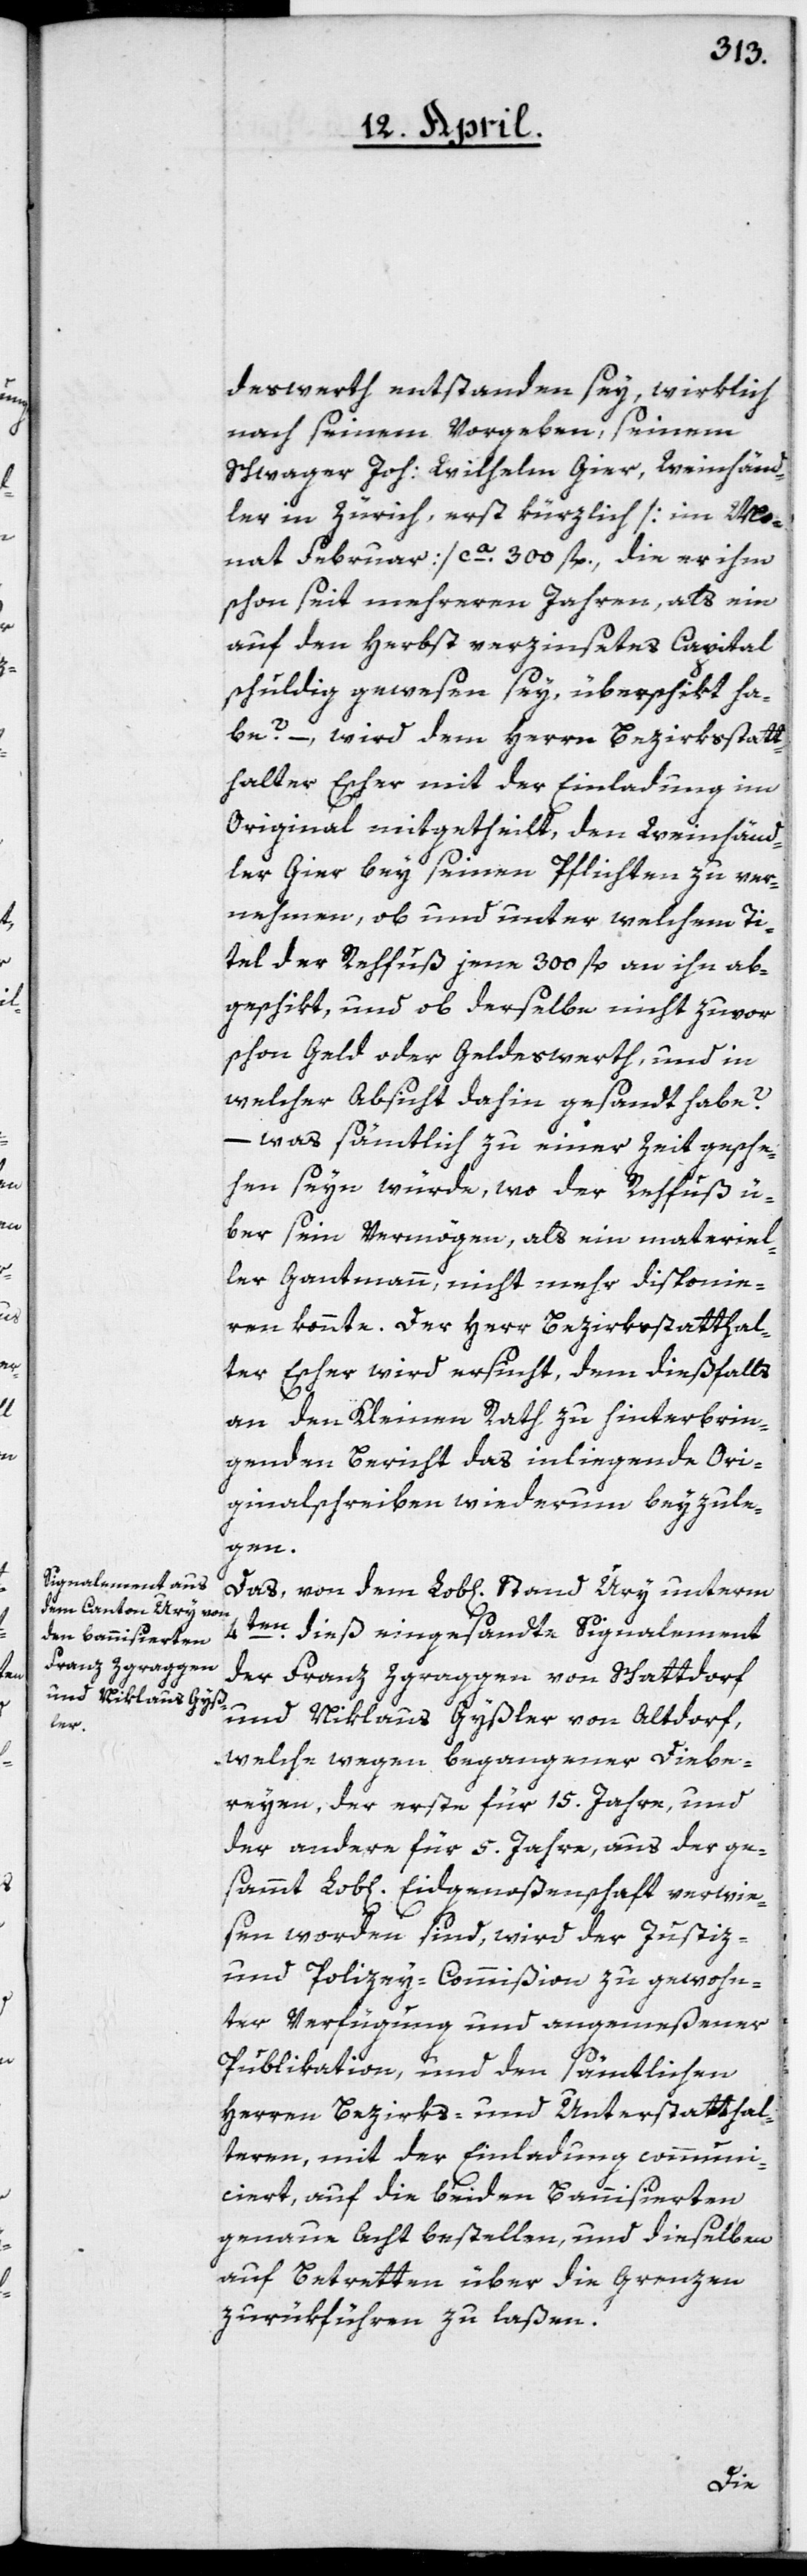
deswerth entstanden sey, wirklich
nach seinem Vorgeben, seinem
Schwager Joh: Wilhelm Gier, Weinhänd¬
ler in Zürich, erst kürzlich [im Mo¬
nat Februar] ca. 300 fl., die er ihm
schon seit mehreren Jahren, als ein
auf den Herbst verzinsetes Capital
schuldig gewesen sey, überschckt ha¬
be? – wird dem Herrn Bezirksstatt¬
halter Escher mit der Einladung im
Original mitgetheilt, den Weinhänd¬
ler Gier bey seinen Pflichten zu ver¬
nehmen, ob und unter welchem Ti¬
tel der Rehfuß jene 300 fl. an ihn ab¬
geschikt, und ob derselbe nicht zuvor
schon Geld oder Geldswerth, und in
welcher Absicht dahin gesandt habe?
– was sämtlich zu einer Zeit gesche¬
hen seyn würde, wo der Rehfuß ü¬
ber sein Vermögen, als ein materiel¬
ler Gantmann, nicht mehr disponie¬
ren konnte. Der Herr Bezirksstatthal¬
ter Escher wird ersucht, dem dießfalls
an den Kleinen Rath zu hinterbrin¬
genden Bericht das inliegende Ori¬
ginalschreiben wiederum beyzule¬
gen.
Das, von dem Lob[lichen] Stand Ury unterm
4ten dieß eingesandte Signalement
der Franz Zgraggen von Schattdorf
und Niklaus Gyßler von Altdorf,
welche wegen begangener Diebe¬
reyen, der erste für 15. Jahre und
der andere für 5. Jahre, aus der ge¬
sammt Lob[lichen] Eidgenoßenschaft verwie¬
sen worden sind, wird der Justiz-
und Polizey-Commißion zu gewohn¬
ter Verfügung und angemeßener
Publikation, und den sämtlichen
Herren Bezirks- und Unterstatthal¬
teren, mit der Einladung communi¬
ciert, auf die beiden Bannisierten
genaue Acht bestellen und dieselben
auf Betretten über die Grenzen
zurükführen zu laßen.